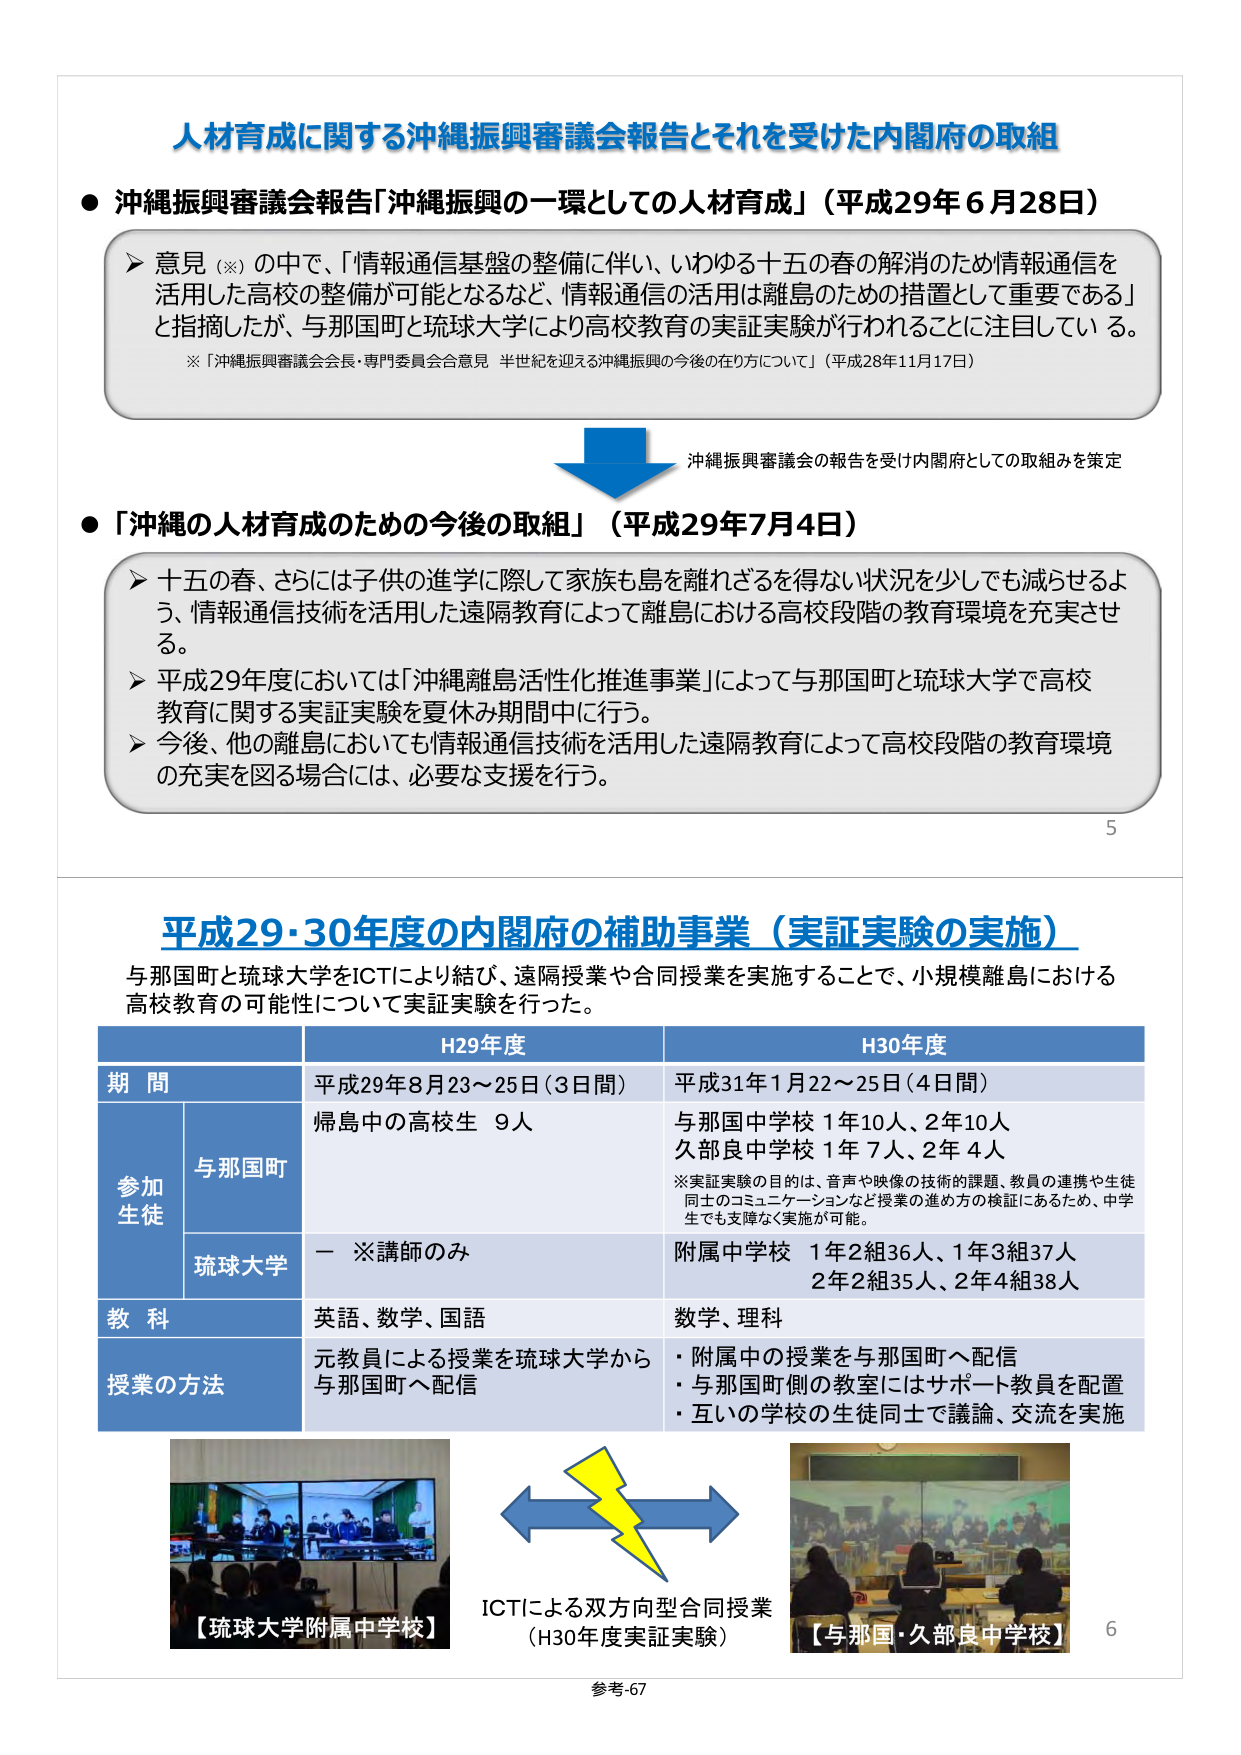
人材育成に関する沖縄振興審議会報告とそれを受けた内閣府の取組

● 沖縄振興審議会報告「沖縄振興の一環としての人材育成」（平成29年6月28日）

➤ 意見（※）の中で、「情報通信基盤の整備に伴い、いわゆる十五の春の解消のため情報通信を活用した高校の整備が可能となるなど、情報通信の活用は離島のための措置として重要である」と指摘したが、与那国町と琉球大学により高校教育の実証実験が行われることに注目している。

※「沖縄振興審議会会長・専門委員会合意見 半世紀を迎える沖縄振興の今後の在り方について」（平成28年11月17日）

沖縄振興審議会の報告を受け内閣府としての取組みを策定

● 「沖縄の人材育成のための今後の取組」（平成29年7月4日）

➤ 十五の春、さらには子供の進学に際して家族も島を離れざるを得ない状況を少しでも減らせるよう、情報通信技術を活用した遠隔教育によって離島における高校段階の教育環境を充実させる。

➤ 平成29年度においては「沖縄離島活性化推進事業」によって与那国町と琉球大学で高校教育に関する実証実験を夏休み期間中に行う。

➤ 今後、他の離島においても情報通信技術を活用した遠隔教育によって高校段階の教育環境の充実を図る場合には、必要な支援を行う。

5

平成29・30年度の内閣府の補助事業（実証実験の実施）

与那国町と琉球大学をICTにより結び、遠隔授業や合同授業を実施することで、小規模離島における高校教育の可能性について実証実験を行った。

H29年度 H30年度

期間 平成29年8月23～25日（3日間） 平成31年1月22～25日（4日間）

参加生徒 与那国町 帰島中の高校生 9人 与那国中学校 1年10人、2年10人 久部良中学校 1年7人、2年4人

※実証実験の目的は、音声や映像の技術的課題、教員の連携や生徒同士のコミュニケーションなど授業の進め方の検証にあるため、中学生でも支障なく実施が可能。

琉球大学 ー ※講師のみ 附属中学校 1年2組36人、1年3組37人 2年2組35人、2年4組38人

教科 英語、数学、国語 数学、理科

授業の方法 元教員による授業を琉球大学から与那国町へ配信 ・附属中の授業を与那国町へ配信 ・与那国町側の教室にはサポート教員を配置 ・互いの学校の生徒同士で議論、交流を実施

【琉球大学附属中学校】 ICTによる双方向型合同授業 （H30年度実証実験） 【与那国・久部良中学校】

6

参考-67